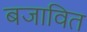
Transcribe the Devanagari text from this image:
बजावित